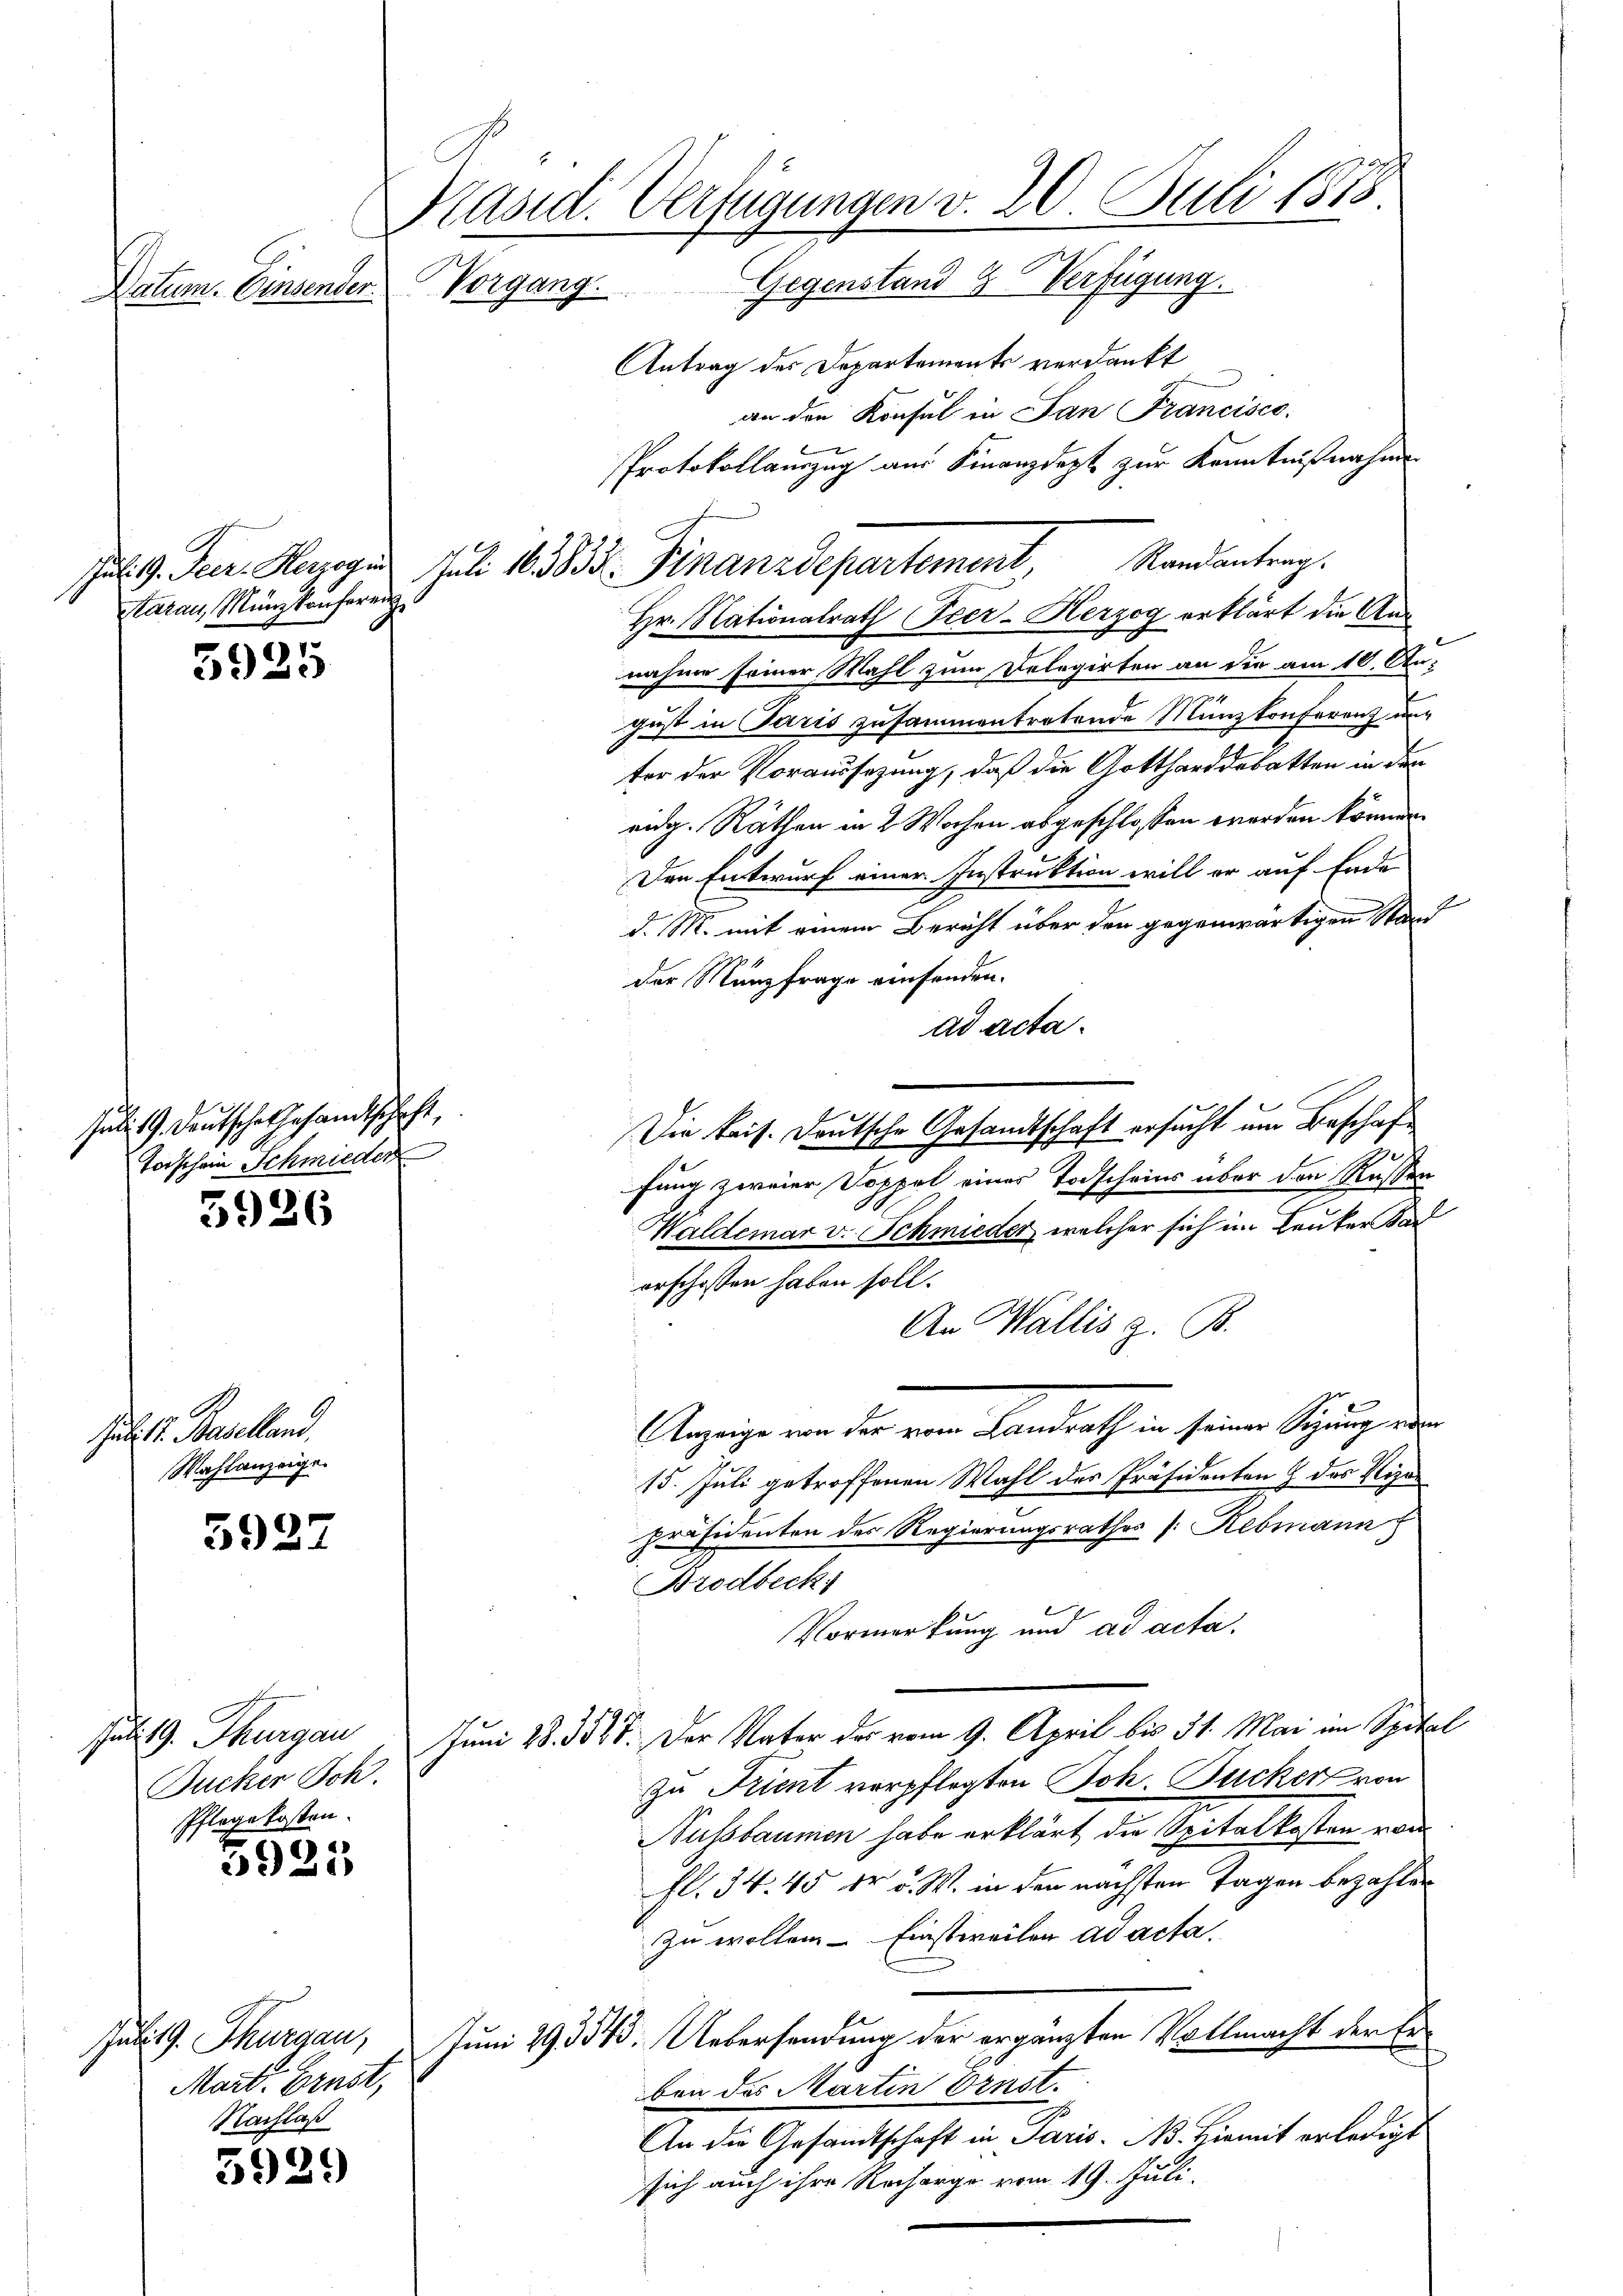
Datum. Einsender.

tarau, Münzkonferen

5925

Juli 19. Deutsche Gesandtschaft,
Torschein Schmieder

5926

Jab. I. Baselland.
Wahlanzeige.

5927

Jult G. Thurgau
Bucker Joh.
Pflegekosten.

3925

5929

Käsid. Verfügungen v. 20. Juli 1878
Vorgang. Gegenstand Verfügung.
Antrag des Departements verdankt
an den Konsul in San Francisco
Protokollauszug aus Finanzdept zur Kenntnißnahme

Hr. Nationalrath Peer-Herzog erklärt die Annahme seiner Mahl zum Delegirten an die am 10. August in Paris zusammentretende Münzkonferenz un
ter der Voraussezung, daß die Gottharddebatten in den
eidg. Räthen in 2 Wochen abgeschlossen werden können.
Den Entwurf einer Instruktion will er auf Ende
d. M. mit einem Bericht über den gegenwärtigen Stand
der Nanzfrage einsenden.
ad acta.
Die kais. Deutsche Gesandtschaft ersucht um Beschaffung zweier Doppel eines Todscheins über den Russen
Waldemar v. Schmieder, welcher sich im Lauter Sad
erschaffen haben soll.
An Wallis z. B.
Anzeige von der von Landrath in seiner Signung wur
15. Juli getroffenen Wahl des Präsidenten & des Vizapräsidenten des Regierungsrathes (: Rebmann
Brodbeck
Vormerkung und ad acta.
Juni 28. 3547. Der Vater des vom 9. April bis 31. Mai im Spital
zu Krient verpflegten Joh. Zucker von
Nussbaumen habe erklärt die Spitalkosten von
fl. 34. 45 dr. v. W. in den nächsten Tagen bezahlen
zu wollen - Einstweilen ad acta.
Juni 293543. Uebersendung der ergänzten Vollmacht der Erben des Martin Ernst.
An die Gesandtschaft in Paris. No. Hiemit erledigt
sich auch ihre Recharge vom 19. Juli.

Jurist G. Thurgau,
Mart. Ernst,
Nachlaß

Jut 9. Secr. Razogen Juli 183833. Finanzdepartement, Randantrag.